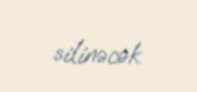
silinəcək.